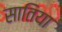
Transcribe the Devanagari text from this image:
सातिया